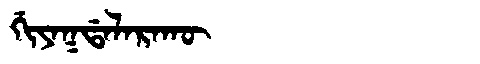
Manchu: ᡤᡳᠶᠠᡴᡩᠠᠯᠠᡵᠠᡴᡡ
Romanization: GIYAKDALARAKŪ